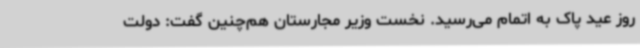
روز عید پاک به اتمام می‌رسید. نخست وزیر مجارستان هم‌چنین گفت: دولت